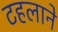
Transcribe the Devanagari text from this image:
टहलाने